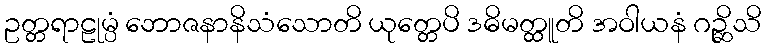
ဥတ္တရာဠုမ္ပံ ဘောဇနာနိသံသောတိ ယုတ္တေပိ ဒဓိမတ္ထူတိ အဝါယနံ ဂဉ္ဆိသိ